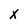
Character: X